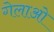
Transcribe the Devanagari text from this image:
गेलाओ